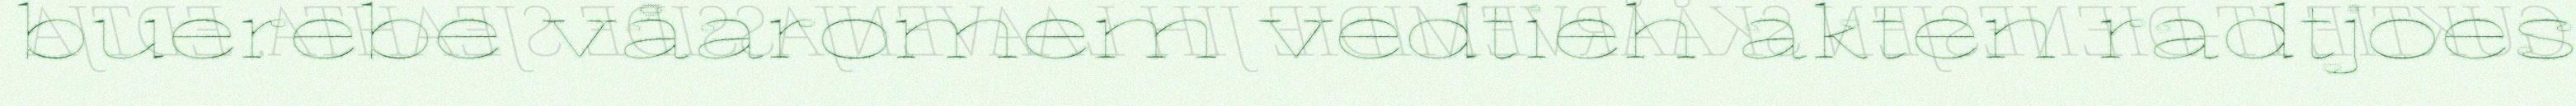
buerebe våaromem vedtieh akten radtjoes